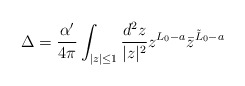
\begin{align*}\Delta = {\alpha^\prime \over 4\pi} \int_{|z|\leq 1} {d^2z \over |z|^2} z^{L_0-a}\bar{z}^{\tilde{L}_0-a}\end{align*}